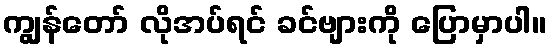
ကျွန်တော် လိုအပ်ရင် ခင်ဗျားကို ပြောမှာပါ။